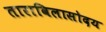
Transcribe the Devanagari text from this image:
ताराविलासोदय